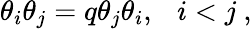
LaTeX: \theta_{i}\theta_{j}=q\theta_{j}\theta_{i},~~~i<j~,